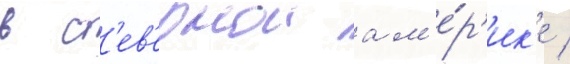
в с'ев'ернои ам'е́р'ик'е /